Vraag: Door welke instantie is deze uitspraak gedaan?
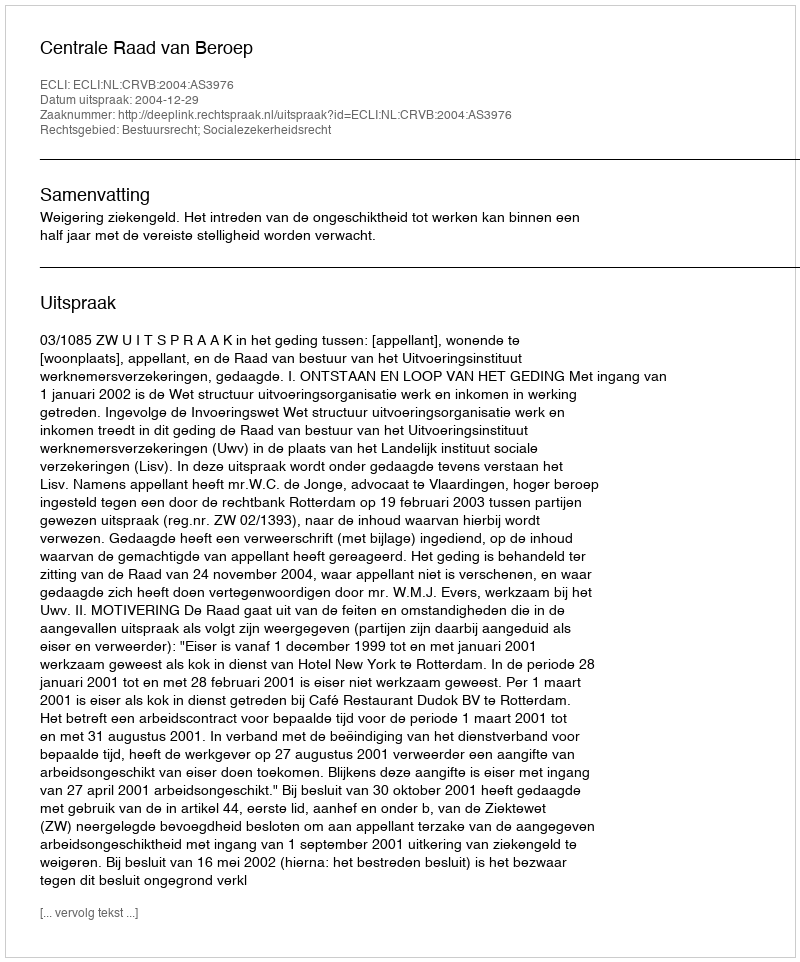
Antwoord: Centrale Raad van Beroep